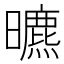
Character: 𣋳